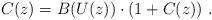
LaTeX: \begin{align*}C(z) = B(U(z))\cdot (1+C(z))~.\end{align*}